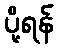
ပို့ရန်